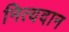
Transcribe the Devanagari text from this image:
नित्यदान